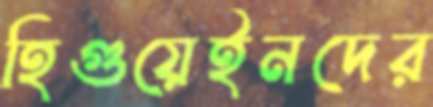
হিগুয়েইনদের